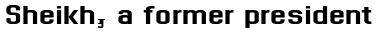
Sheikh, a former president